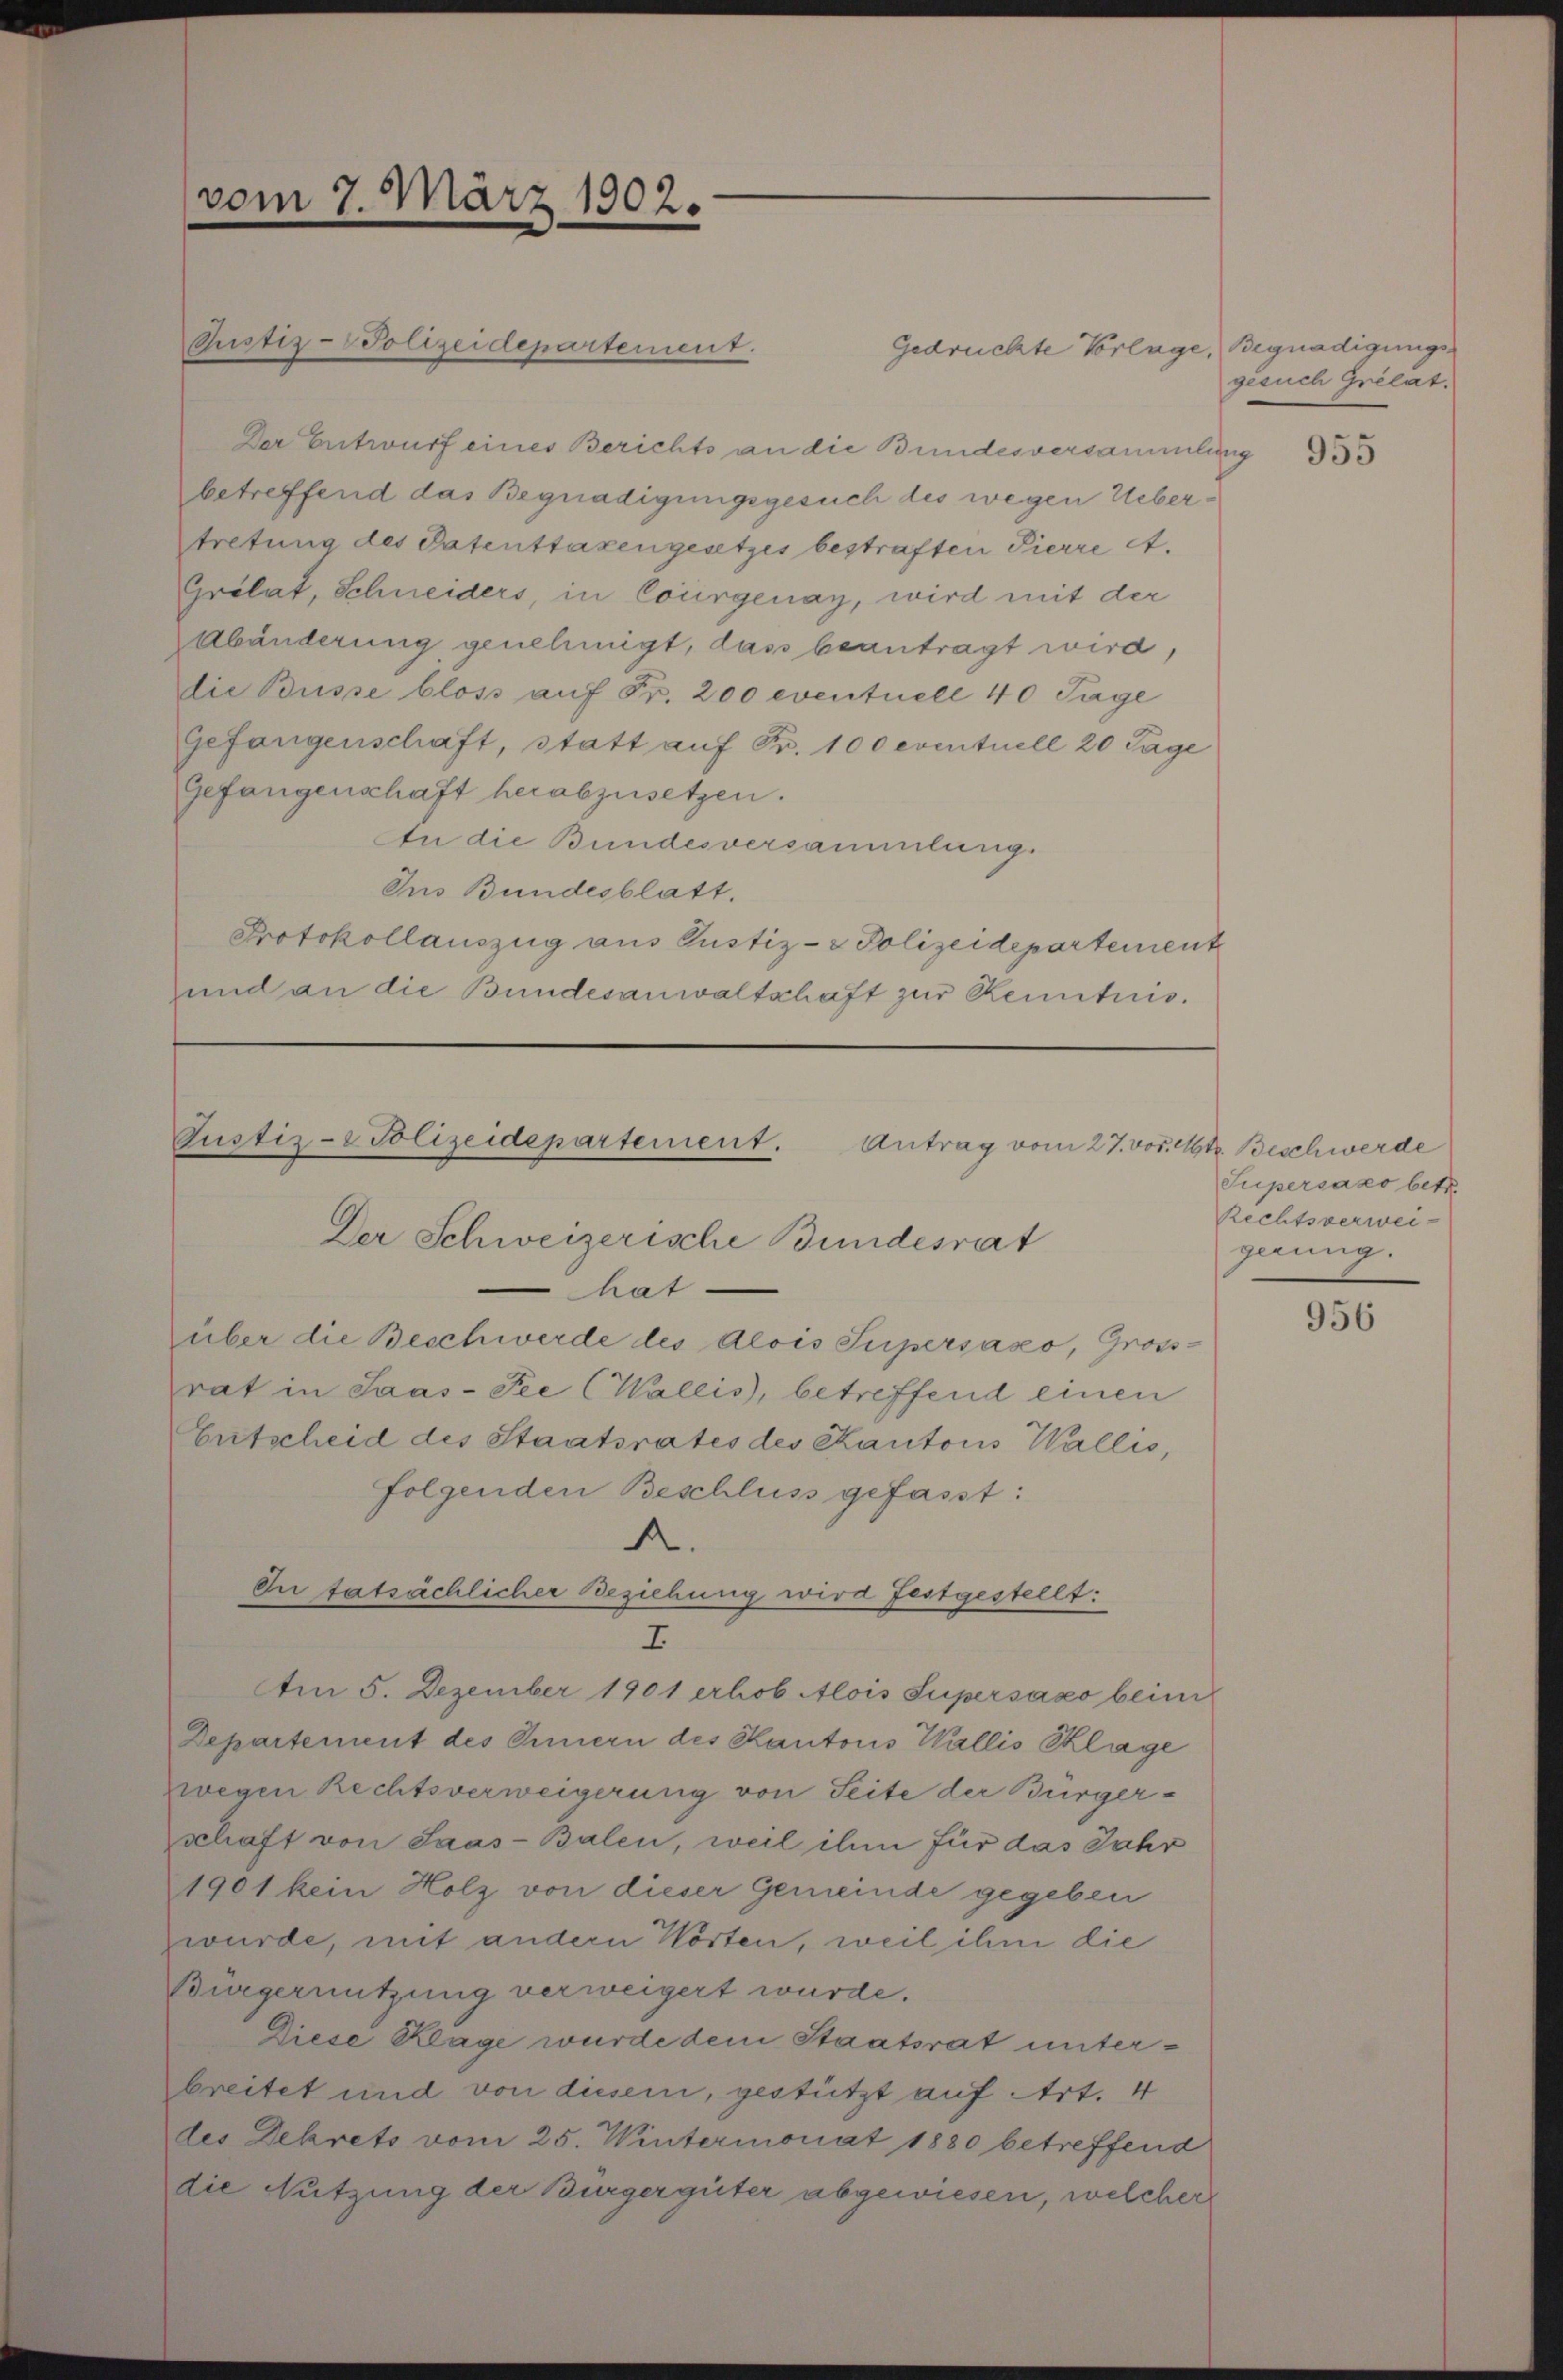
vom 7. März 1902.

Gustiz-Polizeidepartement.

Der Entwurf eines Berichts an die Bundesversammlung
betreffend das Begnadigungsgesuch des wegen Uebertretung des Patenttaxengesetzes bestraften Pierre et
Grölat, Schneiders, in Courgenay, wird mit der
Abänderung genehmigt, dass beantragt wird,
die Busse bloss auf Fr. 200 eventuell 40 Tage
Gefangenschaft, statt auf Fr. 100 eventuell 20 Tage
Gefangenschaft herabzusetzen.
In die Bundesversammlung.
Jus Bundesblatt.
Protokollauszug aus Justiz- & Polizeidepartement
und an die Bundesanwaltschaft zur Renntnis.

Justiz- & Polizeidepartement. Antrag vom 27. vor. Mts. Beschwerde
Der Schweizerische Bundesrat
hat
über die Beschwerde des Alois Supersaxo, Gross-
rat in Saas-Fee (Wallis, betreffend einen

Departement des Innern des Kantons Wallis Klage
zwegen Rechtsverweigerung von Seite der Bürger-
schaft von Saas-Balen, weil ihm für das Jahr
1901 kein Holz von dieser Gemeinde gegeben
wurde, mit andern Worten, weil ihm die
Bürgernutzung verweigert wurde.
Diese Klage wurde dem Staatsrat unterbreitet und von diesem, gestützt auf Art. 4
des Dekrets vom 25. Wintermonat 1880 betreffend
die Nutzung der Bürgergüter abgewiesen, welcher

A.
In tatsächlicher Beziehung wird festgestellt:
I
m 5. Dezember 1901 erhob Alois Supersáxo beim

Entscheid des Staatsrates des Kantons Wallis,
folgenden Beschluss gefasst:

Gedrückte Vorlage, Begnadigungs¬

gesuch Grelat.

955

Supersazo bitt
Rechtsverweigerung.

956